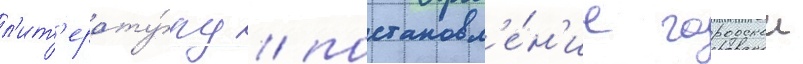
л'ит'ерату́ру / постановл'е́н'ие городскои